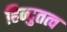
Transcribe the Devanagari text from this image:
हिन्दुतत्व